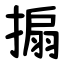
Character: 搧